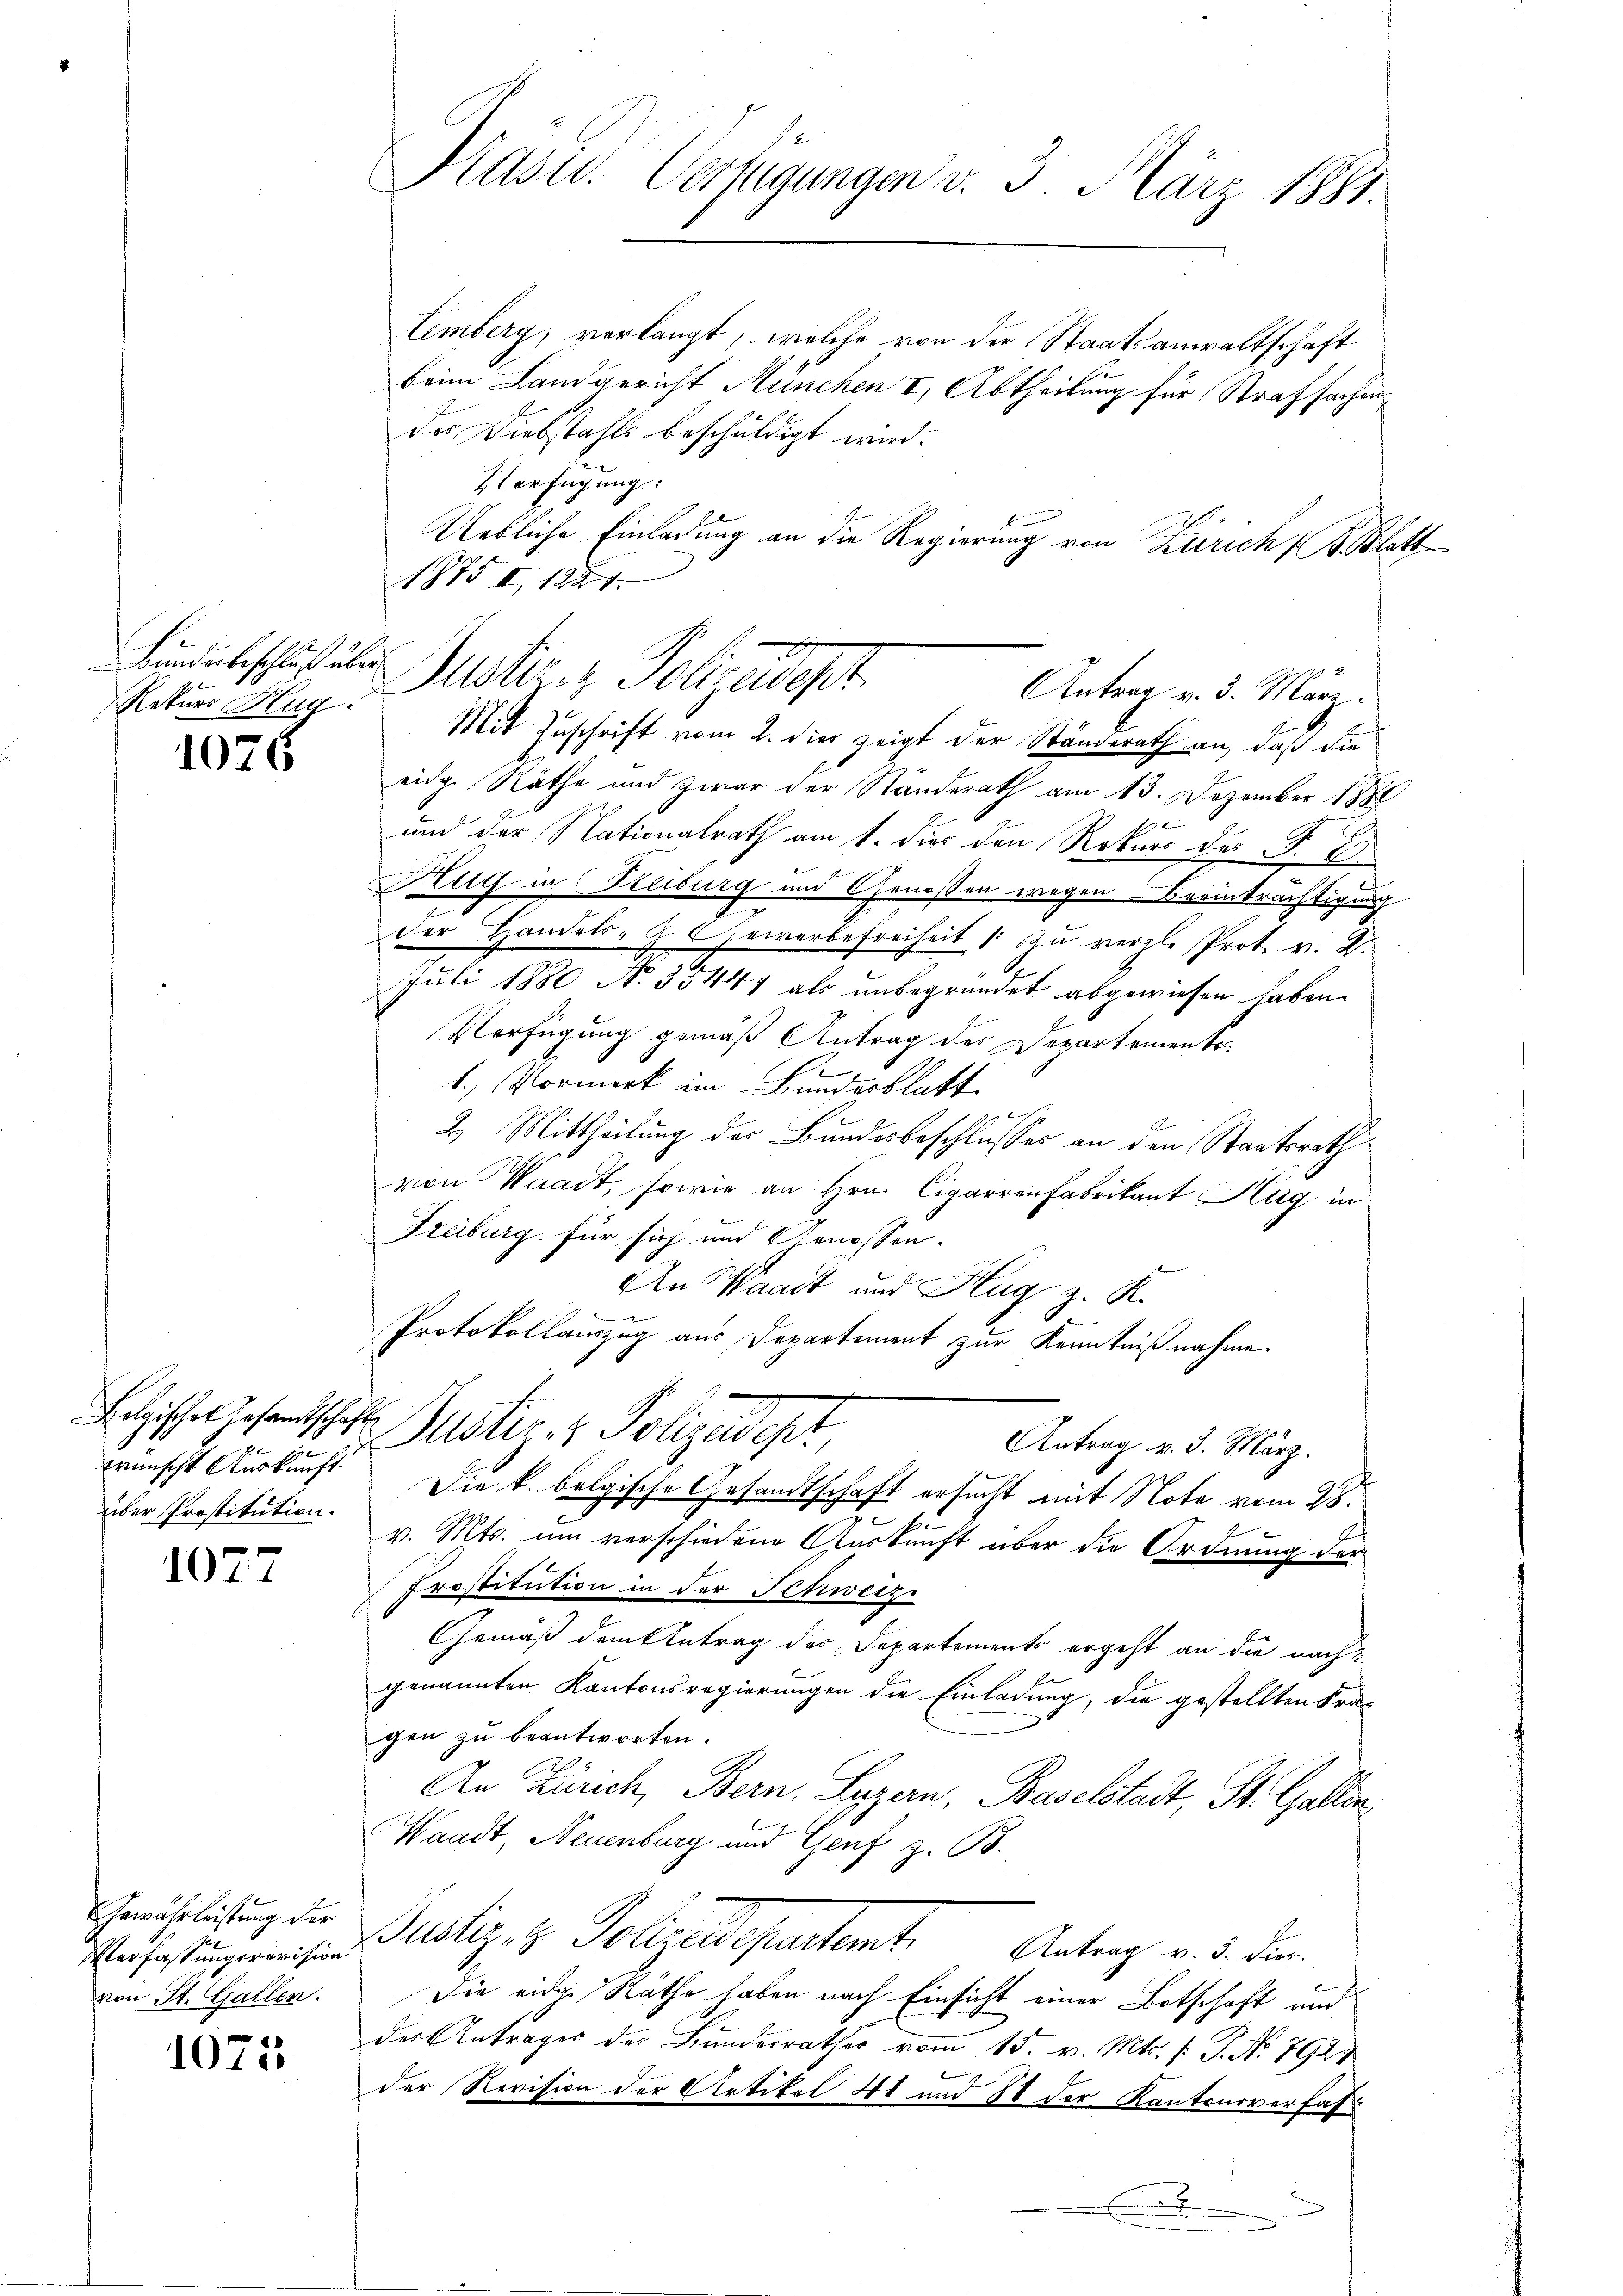
Rekurs Hug

1075

Belgisches Gesandtschafts
brünscht Auskunft
über Prostitution.

1077

Gewährleistung der
Verfassungsrevision
von St. Gallen.

1075

Präses Verfügungen v. 3. März 1881.

Eimberg, verlangt, welche von der Staatsanwaltschaft
beim Landgericht München I, Abtheilung für Strafsachen
des Diebstahls beschuldigt wird.
Verfügung:
Uetliche Einladung an die Regierung von Zürich (B. Blatt
1875 I, 1851.
Mit Zuschrift vom 2. dies zeigt der Ständerath an, daß die
eidg. Räthe und zwar der Ständerath am 13. Dezember 1888
f
und der Nationalrath am 1. dir den Rekurs des P. C.
Dlug in Steiburg und Genoßen wegen Breinträchtigung
der Handels-G. Gewerbefreiheit 1 zu vergl. Prot. v. 2.
Juli 1880 No 35447 als unbegründet abgewiesen haben.
Verfügung gemäß Antrag der Departemento
1.) Vormerk im Bundesblatt
h
2.) Mittheilung der Bundesbeschlusses an den Staatsrath
von Waadt, sowie an Hrn. Cigarren Fabrikant Hug in
Freiburg für sich und Genossen.
An Waadt und Hug z. R.
Protokollauszug aus Departement zur Kenntnißnahme
Justier- & Polyedept
Antrag v. 3. März.
Die k. bolgische Gesandtschaft ersucht mit Note vom 28.
v. Mts. um verschiedene Auskunft über die Ordnung der
Epostitution in der Schweize
Gemäß dem Antrag des Departements ergeht an die nachgenannten Kantonsregierungen die Einladung, die gestellten Fra-
gen zu beantworten.
An Zürich, Bern, Luzern, Baselstadt, St. Gallen
Waadt, Neuenburg und Genf z. B.
Justiz, u. Polizeisepartamt,
Antrag v. 3. Dies
Die eidge Rathe haben nach Einsicht einer Botschaft und
der Antrages der Bundesrathes vom 15. v. Mts. (: P. Nr. 792
der Revision der Artikel 41 und 88 der Kantonsverfas

Bunde beschles aber Justiz, Polizeidest

Antrag v. 3. März.